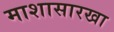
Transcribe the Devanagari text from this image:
माशासारखा